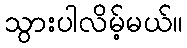
သွားပါလိမ့်မယ်။